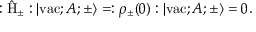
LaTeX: : \hat { \mathrm { H } } _ { \pm } : | \mathrm { v a c } ; A ; \pm \rangle = : { \rho } _ { \pm } ( 0 ) : | \mathrm { v a c } ; A ; \pm \rangle = 0 .